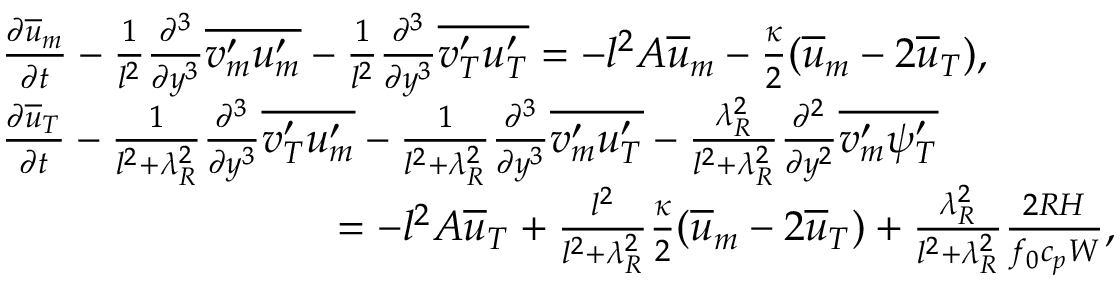
\begin{array} { r l } & { \frac { \partial \overline { { u } } _ { m } } { \partial t } - \frac { 1 } { l ^ { 2 } } \frac { \partial ^ { 3 } } { \partial y ^ { 3 } } \overline { { v _ { m } ^ { \prime } u _ { m } ^ { \prime } } } - \frac { 1 } { l ^ { 2 } } \frac { \partial ^ { 3 } } { \partial y ^ { 3 } } \overline { { v _ { T } ^ { \prime } u _ { T } ^ { \prime } } } = - l ^ { 2 } A \overline { { u } } _ { m } - \frac { \kappa } { 2 } ( \overline { { u } } _ { m } - 2 \overline { { u } } _ { T } ) , } \\ & { \frac { \partial \overline { { u } } _ { T } } { \partial t } - \frac { 1 } { l ^ { 2 } + \lambda _ { R } ^ { 2 } } \frac { \partial ^ { 3 } } { \partial y ^ { 3 } } \overline { { v _ { T } ^ { \prime } u _ { m } ^ { \prime } } } - \frac { 1 } { l ^ { 2 } + \lambda _ { R } ^ { 2 } } \frac { \partial ^ { 3 } } { \partial y ^ { 3 } } \overline { { v _ { m } ^ { \prime } u _ { T } ^ { \prime } } } - \frac { \lambda _ { R } ^ { 2 } } { l ^ { 2 } + \lambda _ { R } ^ { 2 } } \frac { \partial ^ { 2 } } { \partial y ^ { 2 } } \overline { { v _ { m } ^ { \prime } \psi _ { T } ^ { \prime } } } } \\ & { \qquad \qquad \qquad \qquad = - l ^ { 2 } A \overline { { u } } _ { T } + \frac { l ^ { 2 } } { l ^ { 2 } + \lambda _ { R } ^ { 2 } } \frac { \kappa } { 2 } ( \overline { { u } } _ { m } - 2 \overline { { u } } _ { T } ) + \frac { \lambda _ { R } ^ { 2 } } { l ^ { 2 } + \lambda _ { R } ^ { 2 } } \frac { 2 R H } { f _ { 0 } c _ { p } W } , } \end{array}